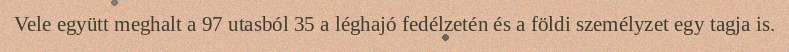
Vele együtt meghalt a 97 utasból 35 a léghajó fedélzetén és a földi személyzet egy tagja is.